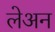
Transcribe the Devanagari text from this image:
लेअन